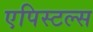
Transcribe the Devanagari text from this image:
एपिस्टल्स